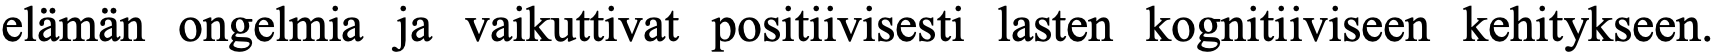
elämän ongelmia ja vaikuttivat positiivisesti lasten kognitiiviseen kehitykseen.